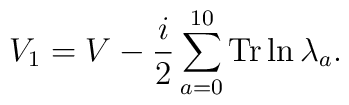
V_1 = V - {i\over 2} \sum_{a=0}^{10} {\rm Tr}\ln\lambda_a.